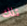
تلك